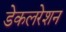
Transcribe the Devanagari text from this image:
डेकलरेशन